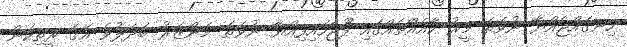
ހިނގައްޖެއްޔާ ނުވަތަ މީރު ކާއެއްޗެއްގައި ފޫޖަހައިފިއްޔާ ނުވަތަ މަންޒަރު ބަދަލުވެ އޭގެ ރީތިކަން